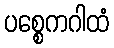
ပစ္စေကဂါထံ